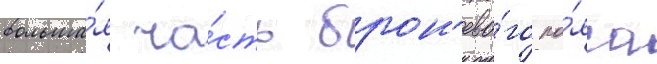
больша́я ча́сть брон'ево́го по́яса